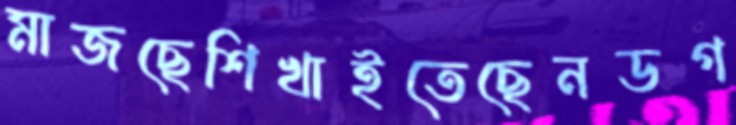
মাজছেশিখাইতেছেনডগ